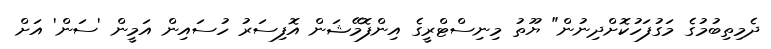
ދެމިތިބުމުގެ މަގުފަހުކޮށްދިނުން" ޔޫތު މިނިސްޓްރީގެ އިންފޮމޭޝަން އޮފިސަރު ހުސައިން އަމީން 'ސަން' އަށް